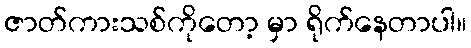
ဇာတ်ကားသစ်ကိုတော့ မှာ ရိုက်နေတာပါ။